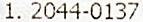
1. 2044-0137